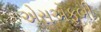
એસએફબી